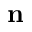
\mathbf { n }